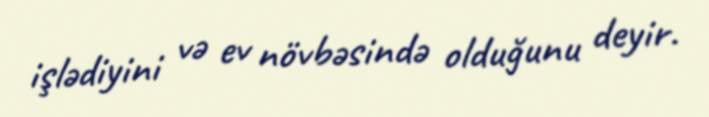
işlədiyini və ev növbəsində olduğunu deyir.